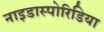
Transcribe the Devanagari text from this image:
नाइडास्पोरिडिया